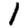
Digit: 1